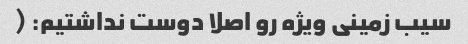
سیب زمینی ویژه رو اصلا دوست نداشتیم: (